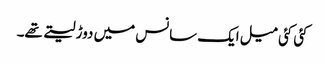
کئی کئی میل ایک سانس میں دوڑ لیتے تھے۔